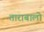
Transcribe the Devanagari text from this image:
ताराबालो